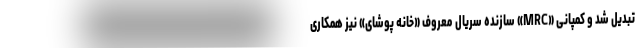
تبدیل شد و کمپانی «MRC» سازنده سریال معروف «خانه پوشای» نیز همکاری